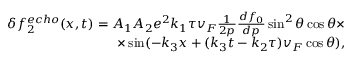
\begin{array} { r } { \delta f _ { 2 } ^ { e c h o } ( x , t ) = A _ { 1 } A _ { 2 } e ^ { 2 } k _ { 1 } \tau v _ { F } \frac { 1 } { 2 p } \frac { d f _ { 0 } } { d p } \sin ^ { 2 } \theta \cos \theta \times } \\ { \times \sin ( - k _ { 3 } x + ( k _ { 3 } t - k _ { 2 } \tau ) v _ { F } \cos \theta ) , } \end{array}